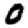
Digit: 0